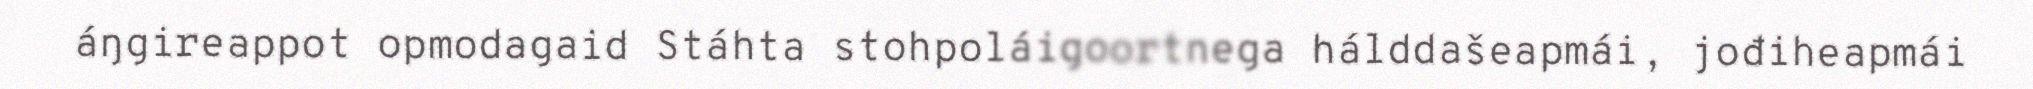
áŋgireappot opmodagaid Stáhta stohpoláigoortnega hálddašeapmái, jođiheapmái